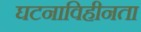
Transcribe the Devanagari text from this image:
घटनाविहीनता